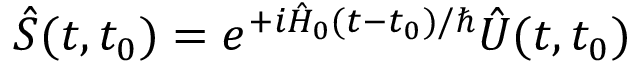
\hat { S } ( t , t _ { 0 } ) = e ^ { + i \hat { H } _ { 0 } ( t - t _ { 0 } ) / \hbar } \hat { U } ( t , t _ { 0 } )